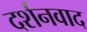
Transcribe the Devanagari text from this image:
दर्शनवाद